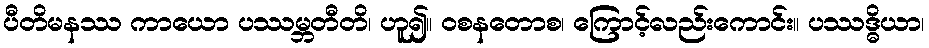
ပီတိမနဿ ကာယော ပဿမ္ဘတီတိ၊ ဟူ၍။ ဝစနတောစ၊ ကြောင့်လည်းကောင်း။ ပဿဒ္ဓိယာ၊